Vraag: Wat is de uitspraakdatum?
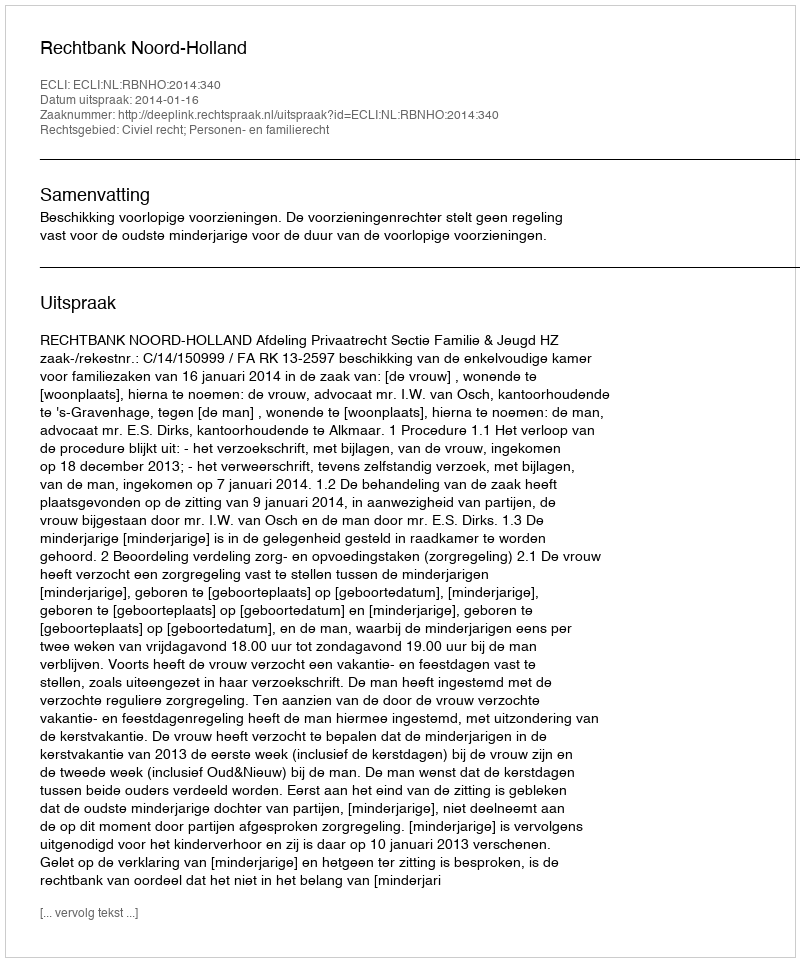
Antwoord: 2014-01-16